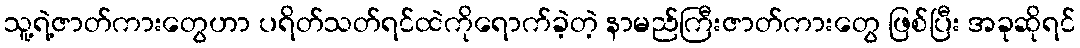
သူ့ရဲ့ဇာတ်ကားတွေဟာ ပရိတ်သတ်ရင်ထဲကိုရောက်ခဲ့တဲ့ နာမည်ကြီးဇာတ်ကားတွေ ဖြစ်ပြီး အခုဆိုရင်